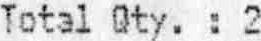
TOTAL QTY. : 2